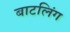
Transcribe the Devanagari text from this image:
बाटलिंग